Report of the Indian Hemp Drugs Commission, 1894-1895 - Volume I
Year: 1894
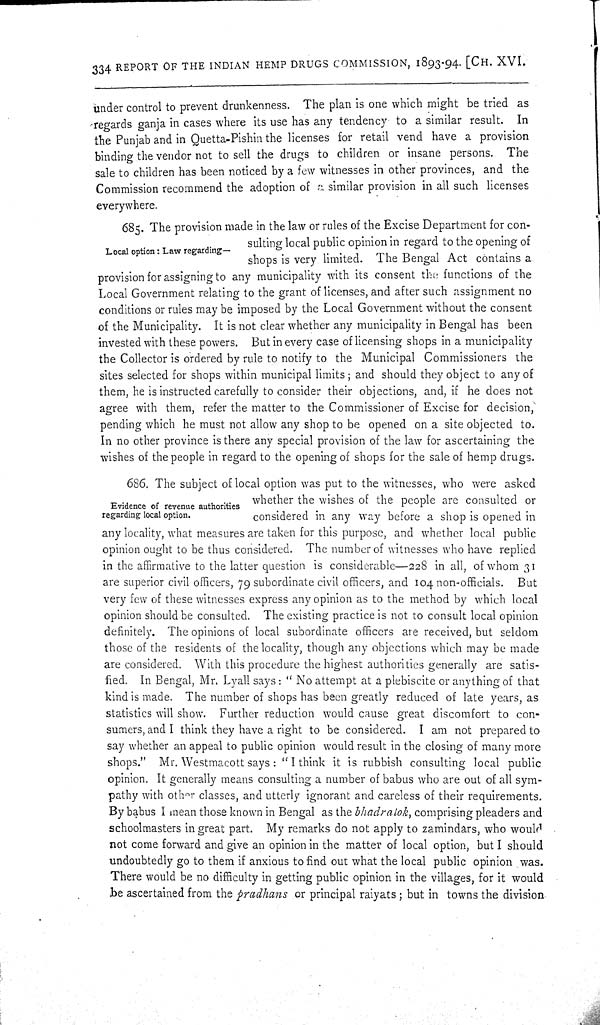
334 REPORT OF THE INDIAN HEMP DRUGS COMMISSION, 1893-94. [CH. XVI.
under control to prevent drunkenness. The plan is one which might be tried as
regards ganja in cases where its use has any tendency to a similar result. In
the Punjab and in Quetta-Pishin the licenses for retail vend have a provision
binding the vendor not to sell the drugs to children or insane persons. The
sale to children has been noticed by a few witnesses in other provinces, and the
Commission recommend the adoption of a similar provision in all such licenses
everywhere.
Local option: Law regarding—
685. The provision made in the law or rules of the Excise Department for con-
sulting local public opinion in regard to the opening of
shops is very limited. The Bengal Act contains a
provision for assigning to any municipality with its consent the functions of the
Local Government relating to the grant of licenses, and after such assignment no
conditions or rules may be imposed by the Local Government without the consent
of the Municipality. It is not clear whether any municipality in Bengal has been
invested with these powers. But in every case of licensing shops in a municipality
the Collector is ordered by rule to notify to the Municipal Commissioners the
sites selected for shops within municipal limits; and should they object to any of
them, he is instructed carefully to consider their objections, and, if he does not
agree with them, refer the matter to the Commissioner of Excise for decision,
pending which he must not allow any shop to be opened on a site objected to.
In no other province is there any special provision of the law for ascertaining the
wishes of the people in regard to the opening of shops for the sale of hemp drugs.
Evidence of revenue authorities
regarding local option.
686. The subject of local option was put to the witnesses, who were asked
whether the wishes of the people are consulted or
considered in any way before a shop is opened in
any locality, what measures are taken for this purpose, and whether local public
opinion ought to be thus considered. The number of witnesses who have replied
in the affirmative to the latter question is considerable—228 in all, of whom 31
are superior civil officers, 79 subordinate civil officers, and 104 non-officials. But
very few of these witnesses express any opinion as to the method by which local
opinion should be consulted. The existing practice is not to consult local opinion
definitely. The opinions of local subordinate officers are received, but seldom
those of the residents of the locality, though any objections which may be made
are considered. With this procedure the highest authorities generally are satis-
fied. In Bengal, Mr. Lyall says: "No attempt at a plebiscite or anything of that
kind is made. The number of shops has been greatly reduced of late years, as
statistics will show. Further reduction would cause great discomfort to con-
sumers, and I think they have a right to be considered. I am not prepared to
say whether an appeal to public opinion would result in the closing of many more
shops." Mr. Westmacott says: "I think it is rubbish consulting local public
opinion. It generally means consulting a number of babus who are out of all sym-
pathy with other classes, and utterly ignorant and careless of their requirements.
By babus I mean those known in Bengal as the bhadralok, comprising pleaders and
schoolmasters in great part. My remarks do not apply to zamindars, who would
not come forward and give an opinion in the matter of local option, but I should
undoubtedly go to them if anxious to find out what the local public opinion was.
There would be no difficulty in getting public opinion in the villages, for it would
be ascertained from the pradhans or principal raiyats; but in towns the division